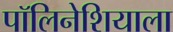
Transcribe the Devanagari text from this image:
पॉलिनेशियाला